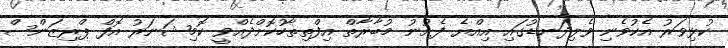
ކުޅިވަރު އެކުވެނި ވެލިދަނޑުގައި އިއްޔެ ފެށުނު މުބާރާތް އިފްތިތާހުކޮށްދެއްވީ ކޮމިޝަނަރު އޮފް ޕްރިޒަންސް